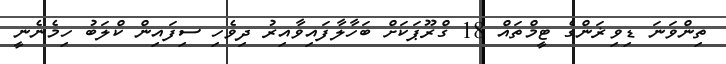
ތިންވަނަ ޑިވިޜަންގެ ޓީމްތައް 18 ގްރޫޕަކަށް ބަހާލާފައިވާއިރު ދިވެހި ސިފައިން ކްލަބު ހިމެނެނީ